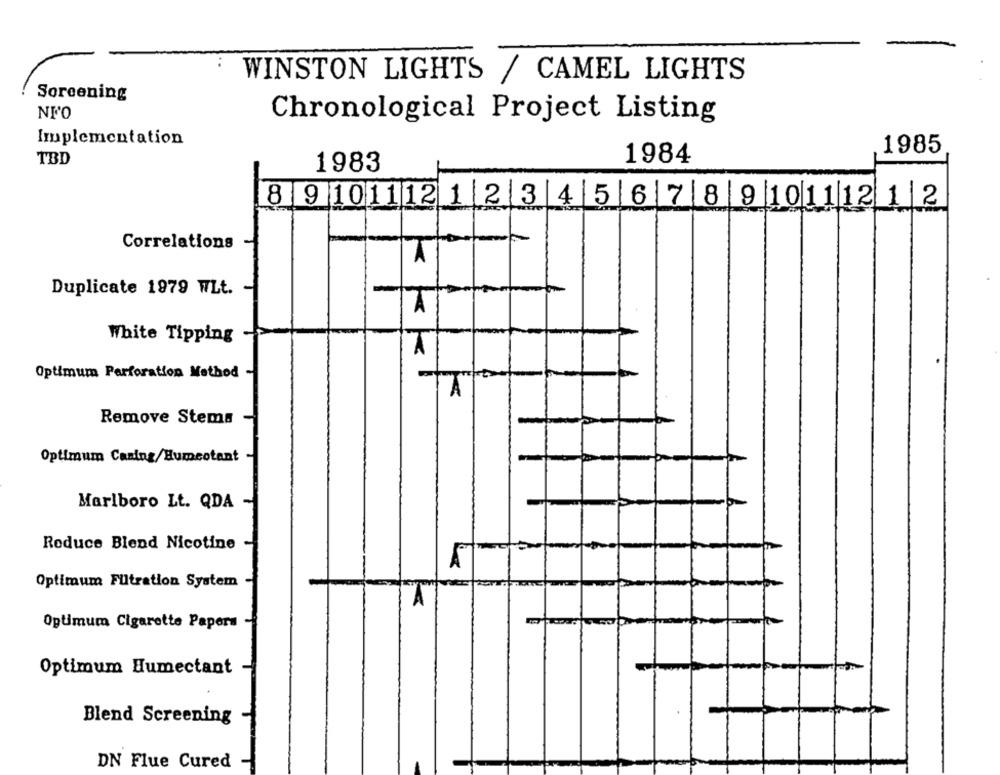
WINSTON LIGHTS / CAMEL LIGHTS
Soreening
NFO
Chronological Project Listing
Implementation
1985
TBD
1984
1983
8910111212345678910111212
Correlations
Duplicate 1979 WLt.
-
White Tipping
Optimum Perforation Method
A
Remove Stems
Optimum Caring/Humeotant
Marlboro Lt. QDA
Roduce Blend Nicotine
Optimum Filtration System
"A
Optimum Cigarette Papers
Optimum Humectant
Blend Screening
DN Flue Cured